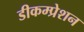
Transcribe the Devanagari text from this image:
डीकम्प्रेशन